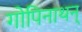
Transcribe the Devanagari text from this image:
गोपिनाथन्